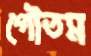
গৌতম